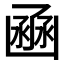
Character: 𠚚